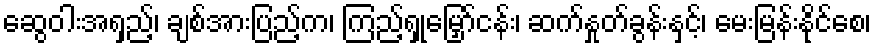
ဆွေဝါးအရှည့်၊ ချစ်အားပြည့်က၊ ကြည့်ရှုမြှော်ငန်း၊ ဆက်နှုတ်ခွန်းနှင့်၊ မေးမြန်းနိုင်စေ၊